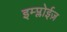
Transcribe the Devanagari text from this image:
इम्प्लोईज़